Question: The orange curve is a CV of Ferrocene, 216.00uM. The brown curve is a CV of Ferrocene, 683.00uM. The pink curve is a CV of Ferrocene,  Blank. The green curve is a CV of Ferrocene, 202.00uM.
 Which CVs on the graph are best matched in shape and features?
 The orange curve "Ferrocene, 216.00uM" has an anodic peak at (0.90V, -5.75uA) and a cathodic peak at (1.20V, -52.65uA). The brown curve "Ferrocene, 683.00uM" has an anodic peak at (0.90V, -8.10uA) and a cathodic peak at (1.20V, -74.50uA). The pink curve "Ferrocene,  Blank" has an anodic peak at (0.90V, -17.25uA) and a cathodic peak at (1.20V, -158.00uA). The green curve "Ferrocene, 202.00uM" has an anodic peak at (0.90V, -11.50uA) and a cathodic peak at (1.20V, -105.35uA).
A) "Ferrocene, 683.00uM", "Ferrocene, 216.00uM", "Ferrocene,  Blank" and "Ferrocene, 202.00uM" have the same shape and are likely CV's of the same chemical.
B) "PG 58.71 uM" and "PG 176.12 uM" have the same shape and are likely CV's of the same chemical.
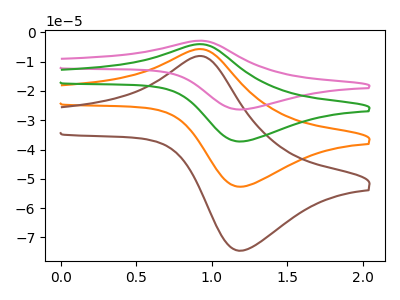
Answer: <think>All the peaks in "Ferrocene, 216.00uM" have a peak in "Ferrocene, 683.00uM" at the same potential. All the peaks in "Ferrocene, 216.00uM" have a peak in "Ferrocene,  Blank" at the same potential. All the peaks in "Ferrocene, 216.00uM" have a peak in "Ferrocene, 202.00uM" at the same potential. All the peaks in "Ferrocene, 683.00uM" have a peak in "Ferrocene,  Blank" at the same potential. All the peaks in "Ferrocene, 683.00uM" have a peak in "Ferrocene, 202.00uM" at the same potential. All the peaks in "Ferrocene,  Blank" have a peak in "Ferrocene, 202.00uM" at the same potential.
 </think>
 <answer>A) "Ferrocene, 683.00uM", "Ferrocene, 216.00uM", "Ferrocene,  Blank" and "Ferrocene, 202.00uM" have the same shape and are likely CV's of the same chemical.</answer>
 <eval>A</eval>